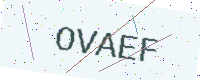
Text: OVAEF